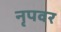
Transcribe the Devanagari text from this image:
नृपवर